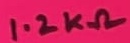
Text: 1.2KΩ